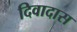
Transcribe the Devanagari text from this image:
दिवादास